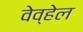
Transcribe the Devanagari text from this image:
वेव्हेल